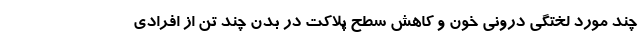
چند مورد لختگی درونی خون و کاهش سطح پلاکت در بدن چند تن از افرادی